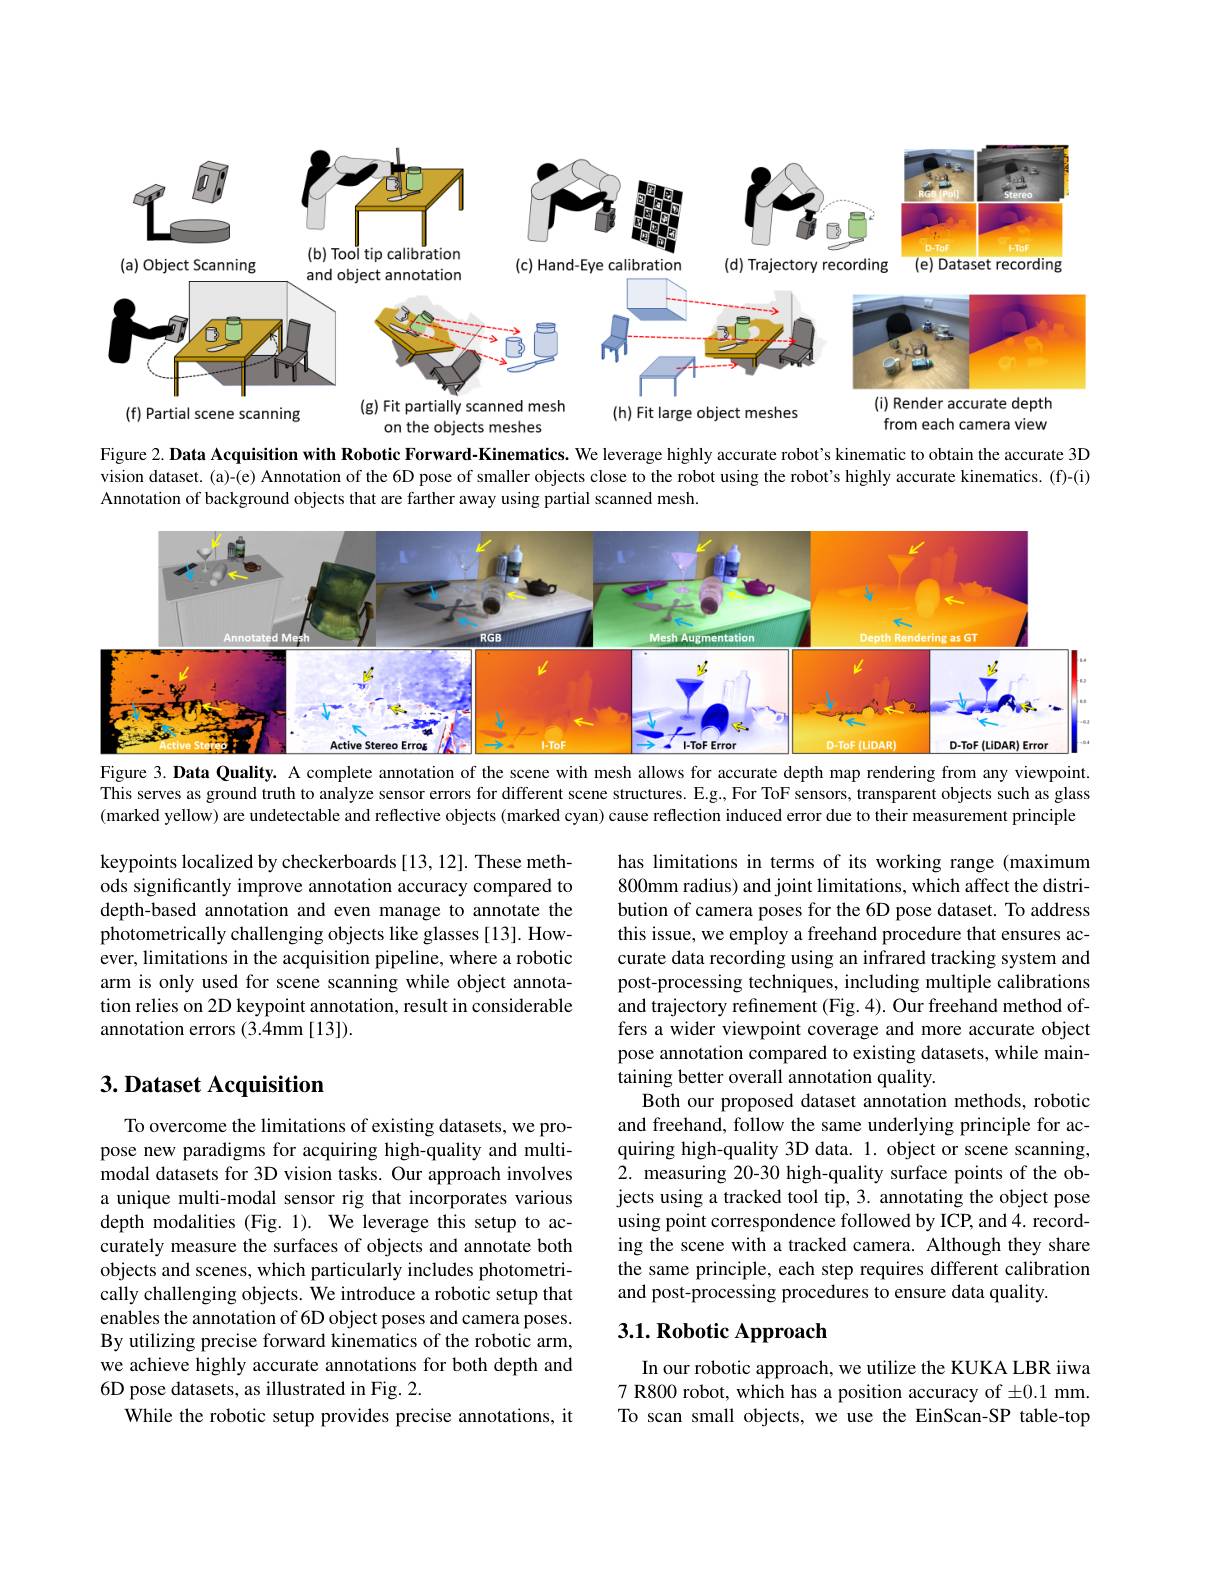
<FigureHere>

from each camera view

on the objects meshes

Figure 2. Data Acquisition with Robotic Forward-Kinematics. We leverage highly accurate robot's kinematic to obtain the accurate 3D vision dataset. (a)-(e) Annotation of the 6D pose of smaller objects close to the robot using the robot's highly accurate kinematics. (f)-(i) Annotation of background objects that are farther away using partial scanned mesh.

<FigureHere>
Figure 3. Data Quality. A complete annotation of the scene with mesh allows for accurate depth map rendering from any viewpoint

This serves as ground truth to analyze sensor errors for different scene structures. E.g., For ToF sensors, transparent objects such as glass (marked yellow) are undetectable and reflective objects (marked cyan) cause reflection induced error due to their measurement principle

keypoints localized by checkerboards [13, 12]. These methods significantly improve annotation accuracy compared to depth-based annotation and even manage to annotate the photometrically challenging objects like glasses [13]. However, limitations in the acquisition pipeline, where a robotic arm is only used for scene scanning while object annotation relies on 2D keypoint annotation, result in considerable annotation errors (3.4mm[13]).

has limitations in terms of its working range (maximum 800mm radius) and joint limitations, which affect the distribution of camera poses for the 6D pose dataset. To address this issue, we employ a freehand procedure that ensures accurate data recording using an infrared tracking system and post-processing techniques, including multiple calibrations and trajectory refinement (Fig. 4). Our freehand method offers a wider viewpoint coverage and more accurate object pose annotation compared to existing datasets, while maintaining better overall annotation quality.
Both our proposed dataset annotation methods, robotic and freehand, follow the same underlying principle for acquiring high-quality 3D data. 1. object or scene scanning, 2. measuring 20-30 high-quality surface points of the objects using a tracked tool tip, 3. annotating the object pose using point correspondence followed by ICP, and 4. recording the scene with a tracked camera. Although they share the same principle, each step requires different calibration and post-processing procedures to ensure data quality.

# 3. Dataset Acquisition

To overcome the limitations of existing datasets, we propose new paradigms for acquiring high-quality and multimodal datasets for 3D vision tasks. Our approach involves a unique multi-modal sensor rig that incorporates various depth modalities (Fig. 1). We leverage this setup to accurately measure the surfaces of objects and annotate both objects and scenes, which particularly includes photometrically challenging objects. We introduce a robotic setup that enables the annotation of 6D object poses and camera poses. By utilizing precise forward kinematics of the robotic arm, we achieve highly accurate annotations for both depth and 6D pose datasets, as illustrated in Fig. 2.
While the robotic setup provides precise annotations, it

## $3. 1. \textbf{Robotic Approach}$

In our robotic approach, we utilize the KUKA LBR iiwa 7 R800 robot, which has a position accuracy of $\pm0.1$ mm. To scan small objects, we use the EinScan-SP table-top